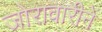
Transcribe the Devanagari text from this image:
जोरावारीनें